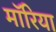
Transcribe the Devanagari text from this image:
मॉरिया